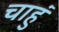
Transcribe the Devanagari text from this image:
चाहुं